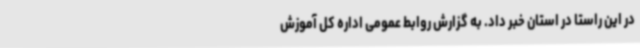
در این راستا در استان خبر داد. به گزارش روابط عمومی اداره کل آموزش